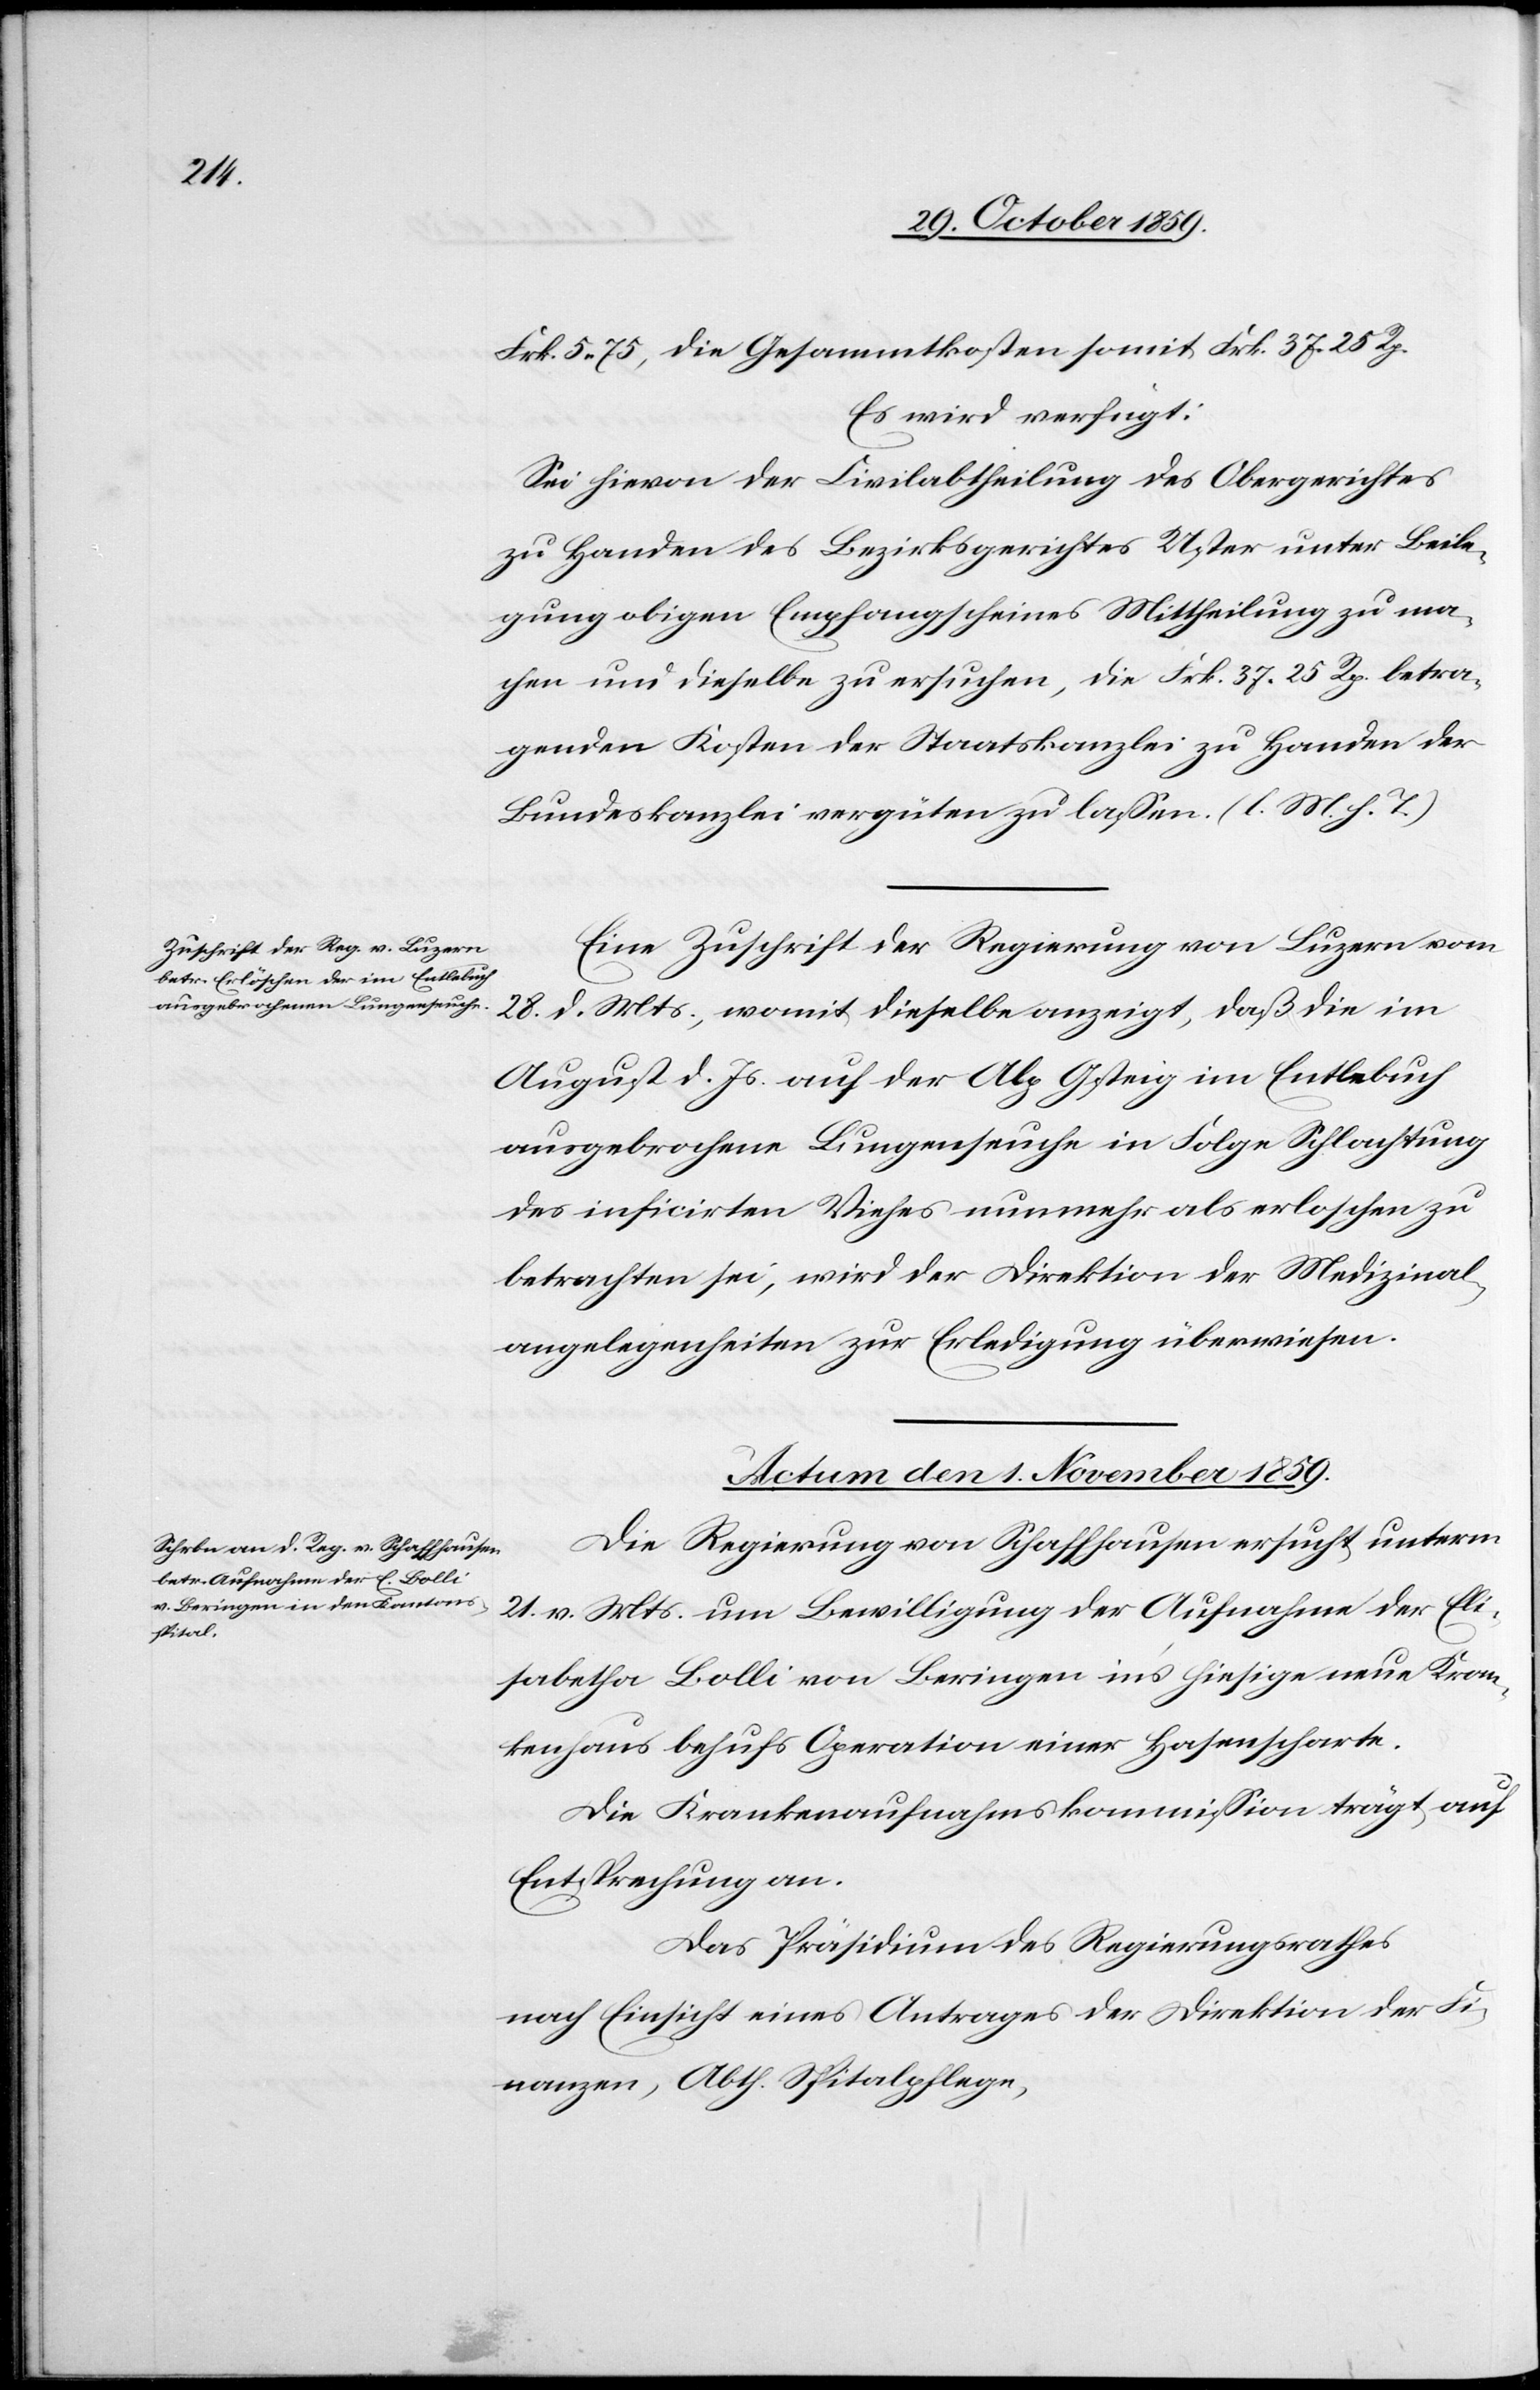
31. October 1859.]
Frk. 5.75, die Gesammtkosten somit Frk. 37 25 Rp.
Es wird verfügt:
Sei hievon der Civilabtheilung des Obergerichtes
zu Handen des Bezirksgerichtes Uster unter Beile¬
gung obigen Empfangscheines Mittheilung zu ma¬
chen und dieselbe zu ersuchen, die Frk. 37 25 Rp. betra¬
genden Kosten der Staatskanzlei zu Handen der
Bundeskanzlei vergüten zu lassen. (l. M. h. T.)
Eine Zuschrift der Regierung von Luzern vom
28. d. Mts., womit dieselbe anzeigt, daß die im
August d. Js. auf der Alp Gsteig im Entlebuch
ausgebrochene Lungenseuche in Folge Schlachtung
des inficirten Viehes nunmehr als erloschen zu
betrachten sei, wird der Direktion der Medizinal¬
angelegenheiten zur Erledigung überwiesen.
Actum den 1. November 1859.
Die Regierung von Schaffhausen ersucht unterm
21. v. Mts. um Bewilligung der Aufnahme der Eli¬
sabetha Bolli von Beringen in’s hiesige neue Kran¬
kenhaus behufs Operation einer Hasenscharte.
Die Krankenaufnahmskommission trägt auf
Entsprechung an.
Das Präsidium des Regierungsrathes
nach Einsicht eines Antrages der Direktion der Fi¬
nanzen, Abth. Spitalpflege,